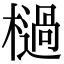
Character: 檛